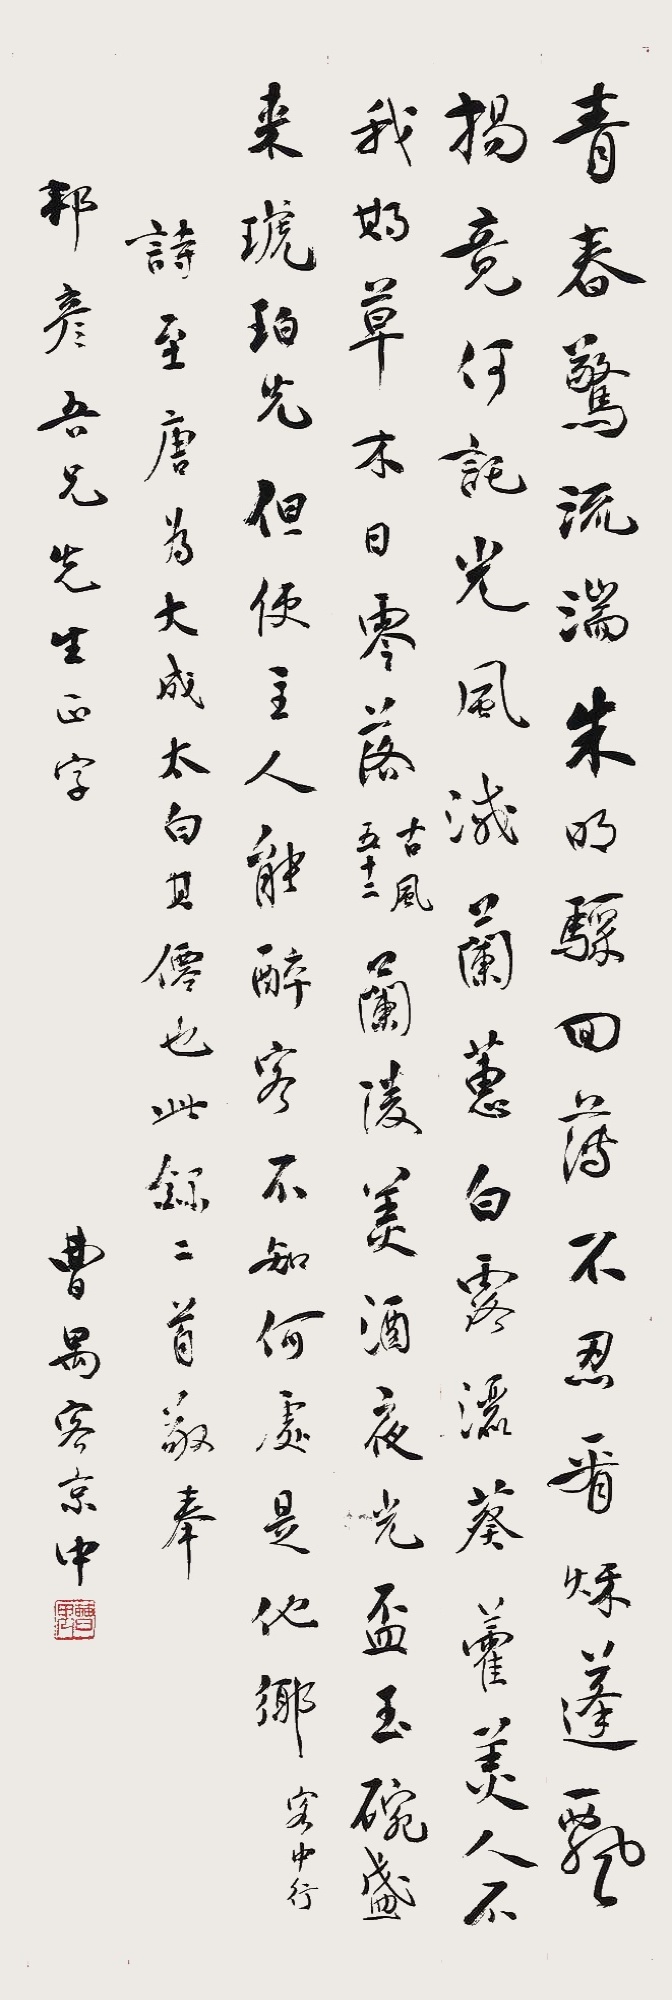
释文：青春流惊湍，朱明骤回薄。不忍看秋蓬，飘扬竟何托。光风灭兰蕙，白露洒葵藿。美人不我期，草木日零落。（古风五十二）。兰陵美酒夜光杯，玉碗盛来琥珀光。但使主人能醉客，不知何处是他乡。（客中行）。诗至唐为大成太白其仙也，此录二首，敬奉邦彦吾兄先生正字，曹禺客京中。